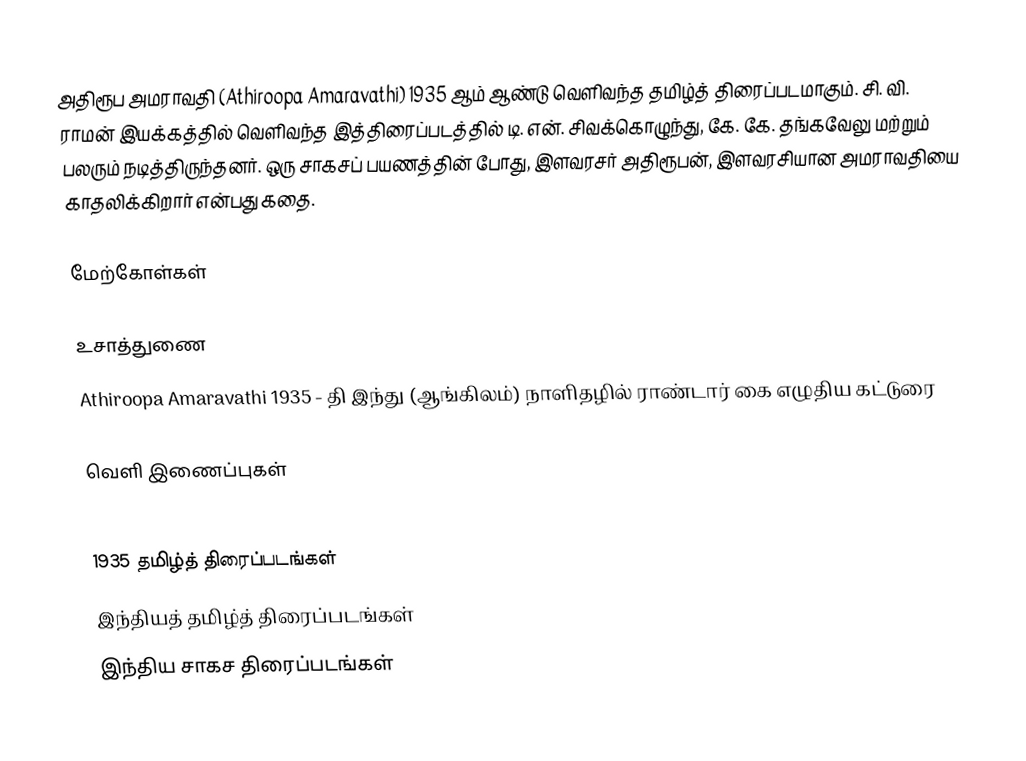
அதிரூப அமராவதி (Athiroopa Amaravathi) 1935 ஆம் ஆண்டு வெளிவந்த தமிழ்த் திரைப்படமாகும். சி. வி. ராமன் இயக்கத்தில் வெளிவந்த இத்திரைப்படத்தில் டி. என். சிவக்கொழுந்து, கே. கே. தங்கவேலு மற்றும் பலரும் நடித்திருந்தனர். ஒரு சாகசப் பயணத்தின் போது, இளவரசர் அதிரூபன், இளவரசியான அமராவதியை காதலிக்கிறார் என்பது கதை.

மேற்கோள்கள்

உசாத்துணை
Athiroopa Amaravathi 1935 - தி இந்து (ஆங்கிலம்) நாளிதழில் ராண்டார் கை எழுதிய கட்டுரை

வெளி இணைப்புகள்

1935 தமிழ்த் திரைப்படங்கள்
இந்தியத் தமிழ்த் திரைப்படங்கள்
இந்திய சாகச திரைப்படங்கள்